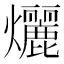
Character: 𬋞